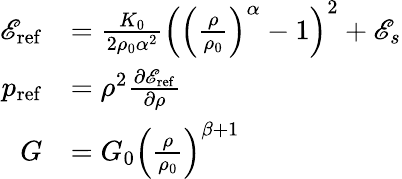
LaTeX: \begin{array}{rl}{\mathscr{E}_{\mathrm{ref}}}&{=\frac{K_{0}}{2\rho_{0}\alpha^{2}}\left(\left(\frac{\rho}{\rho_{0}}\right)^{\alpha}-1\right)^{2}+\mathscr{E}_{s}}\\ {p_{\mathrm{ref}}}&{=\rho^{2}\frac{\partial\mathscr{E}_{\mathrm{ref}}}{\partial\rho}}\\ {G}&{=G_{0}\left(\frac{\rho}{\rho_{0}}\right)^{\beta+1}}\end{array}